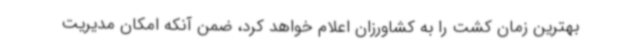
بهترین زمان کشت را به کشاورزان اعلام خواهد کرد، ضمن آنکه امکان مدیریت